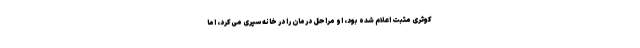
کوثری مثبت اعلام شده بود، او مراحل درمان را در خانه سپری می‌کرد، اما